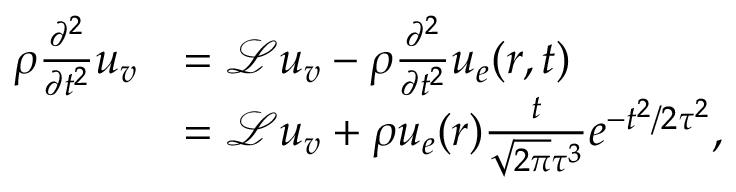
\begin{array} { r l } { \rho \frac { \partial ^ { 2 } } { \partial t ^ { 2 } } \boldsymbol { u } _ { \boldsymbol { v } } } & { = \mathcal { L } \boldsymbol { u } _ { \boldsymbol { v } } - \rho \frac { \partial ^ { 2 } } { \partial t ^ { 2 } } \boldsymbol { u } _ { \boldsymbol { e } } ( \boldsymbol { r } , t ) } \\ & { = \mathcal { L } \boldsymbol { u } _ { \boldsymbol { v } } + \rho \boldsymbol { u } _ { \boldsymbol { e } } ( \boldsymbol { r } ) \frac { t } { \sqrt { 2 \pi } \tau ^ { 3 } } e ^ { - t ^ { 2 } / { 2 \tau ^ { 2 } } } , } \end{array}